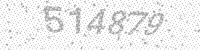
Solution: 514879